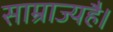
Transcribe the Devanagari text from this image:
साम्राज्यहै।